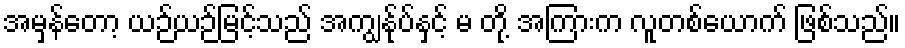
အမှန်တော့ ယဉ်ယဉ်မြင့်သည် အကျွန်ုပ်နှင့် မ တို့ အကြားက လူတစ်ယောက် ဖြစ်သည်။